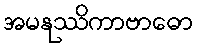
အမနုဿိကာဗာဓော